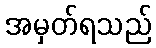
အမှတ်ရသည်